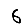
Digit: 6